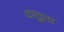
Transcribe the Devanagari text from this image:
दादूला